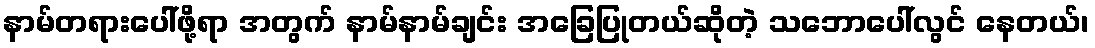
နာမ်တရားပေါ်ဖို့ရာ အတွက် နာမ်နာမ်ချင်း အခြေပြုတယ်ဆိုတဲ့ သဘောပေါ်လွင် နေတယ်၊